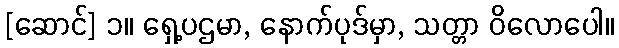
[ဆောင်] ၁။ ရှေ့ပဌမာ, နောက်ပုဒ်မှာ, သတ္တာ ဝိလောပေါ။